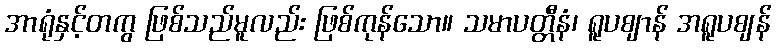
အာရုံနှင့်တကွ ဖြစ်သည်မူလည်း ဖြစ်ကုန်သော။ သမာပတ္တီနံ၊ ရူပဈာန် အရူပဈန်